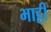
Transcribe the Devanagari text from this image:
भाट्टी